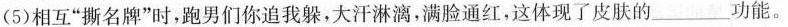
(5)相互”撕名牌”时，跑男们你追我躲，大汗淋漓，满脸通红，这体现了皮肤的___功能。